Indian journal of veterinary science and animal husbandry - Volume 11,
Year: 1941
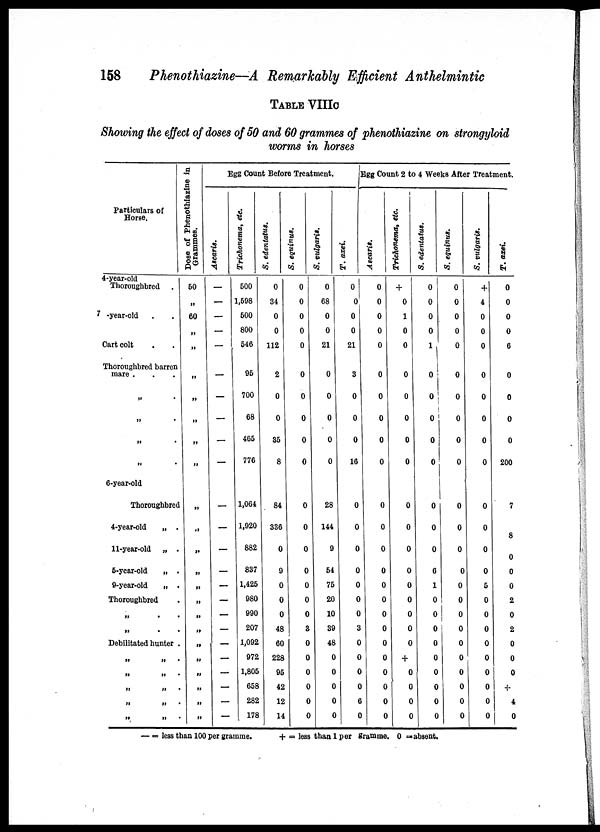
158
Phenothiazine—A Remarkably Efficient Anthelmintic
TABLE VIIIC
Showing the effect of doses of 50 and 60 grammes of phenothiazine on strongyloid
worms in horses
Particulars of
Horse.
4-year-old
Thoroughbred
.
7 -year-old . .
Cart colt . .
Thoroughbred barren
mare . . .
„ .
„
„
„
6-year-old
Thoroughbred
4-year-old
„ .
11-year-old
„ .
5-year-old
„ .
9-year-old
„ .
Thoroughbred .
„ . .
„ . .
Debilitated hunter .
„ „ .
„ „ .
„ „ .
„ „ .
„ „ .
Dose of Phenothiazine in
Grammes.
50
„
60
„
„
„
„
„
„
„
„
„
„
„
„
„
„
„
„
„
„
„
„
Egg Count Before
Treatment.
Ascaris.
—
—
—
—
—
—
—
—
—
—
—
—
—
—
—
—
—
—
—
—
—
—
—
Trichonema, etc.
500
1,598
500
800
546
95
700
68
465
776
1,064
1,920
882
837
1,425
980
990
207
1,092
972
1,805
658
282
178
S. edentatus.
0
34
0
0
112
2
0
0
35
8
84
336
0
9
0
0
0
48
60
228
95
42
12
14
S. equinus.
0
0
0
0
0
0
0
0
0
8
0
0
0
0
0
0
0
3
0
0
0
0
0
0
S. vulgaris.
0
68
0
0
21
0
0
0
0
0
28
144
9
54
75
20
10
39
48
0
0
0
0
0
T. axei.
0
0
0
0
21
3
0
0
0
16
0
0
0
0
0
0
0
3
0
0
0
0
6
0
Egg Count 2 to 4 Weeks After Treatment.
Ascaris.
0
0
0
0
0
0
0
0
0
0
0
0
0
0
0
0
0
0
0
0
0
0
0
0
Trichonema, etc.
+
0
1
0
0
0
0
0
0
0
0
0
0
0
0
0
0
0
0
+
0
0
0
0
S. edentatus.
0
0
0
0
1
0
0 0
0
0
0
0
0
0
0
0
0
0
0
0
0
0
0
0
S. equinus.
0
0
0
0
0
0
0 0
0
0
0
0
0
0
0
0
0
0
0
0
0
0
0
0
S. vulgaris.
+
4
0
0
0
0
0
0
0
0
0
0
0
0
5
0
0
0
0
0
0
0
0
0
T. axei.
0
0
0
0
6
0
0
0
0
200
7
8
0
0
0
2
0
2
0
0
0
+
4
0
— = less than 100 per gramme.
+ = leas than 1 per gramme. 0 = absent.